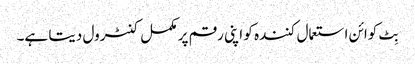
بِٹ کوائن استعمال کنندہ کو اپنی رقم پر مکمل کنٹرول دیتا ہے۔